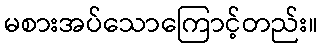
မစားအပ်သောကြောင့်တည်း။